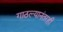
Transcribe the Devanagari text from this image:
गाठल्यानंतरही